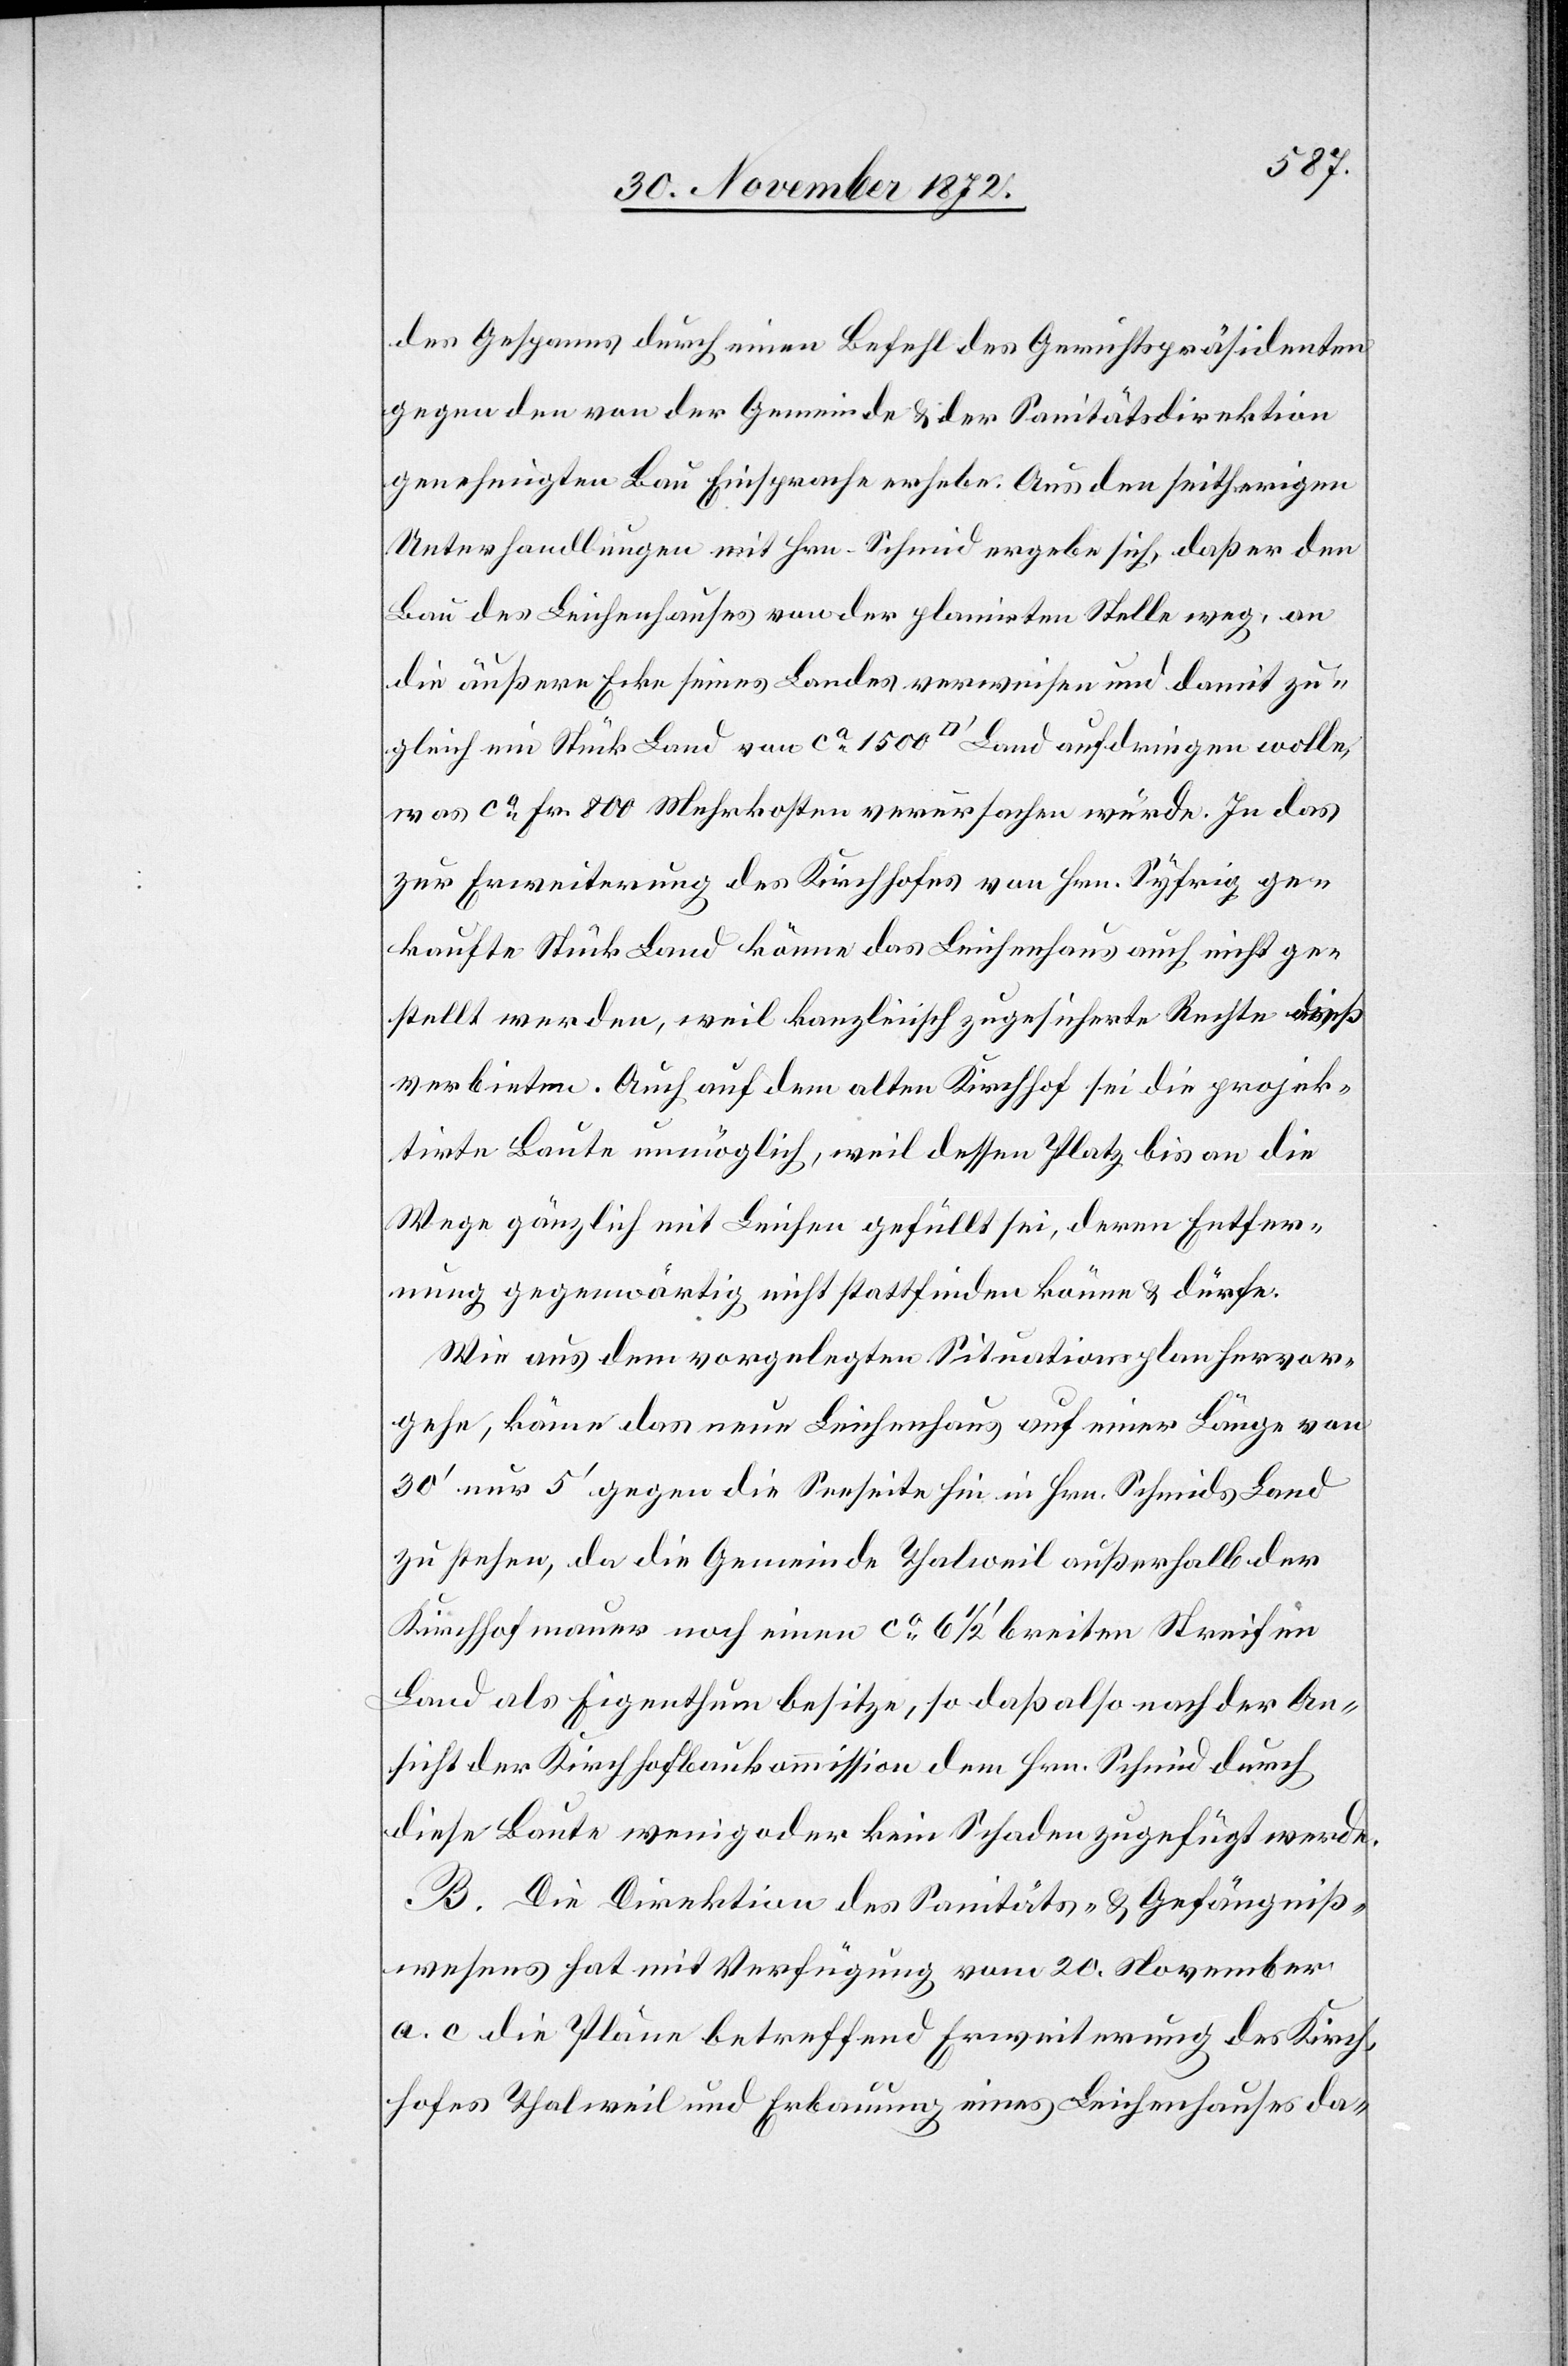
des Gespanns durch einen Befehl des Gerichtspräsidenten
gegen den von der Gemeinde u. der Sanitätsdirektion
genehmigten Bau Einsprache erhebe. Aus den seitherigen
Unterhandlungen mit Hrn. Schmid ergebe sich, daß er den
Bau des Leichenhauses von der planirten Stelle weg, an
die äußere Ecke seines Landes verweisen und damit zu¬
gleich ein Stück Land von ca 1 500 [Quadratfuss] Land aufdringen wolle,
was ca Fr. 800 Mehrkosten verursachen würde. In das
zur Erweiterung des Kirchhofes von Hrn. Syfrig ge¬
kaufte Stück Land könne das Leichenhaus auch nicht ge¬
stellt werden, weil kanzleiisch zugesicherte Rechte dieß
verbieten. Auch auf dem alten Kirchhof sei die projek¬
tirte Baute unmöglich, weil dessen Platz bis an die
Wege gänzlich mit Leichen gefüllt sei, deren Entfer¬
nung gegenwärtig nicht stattfinden könne u. dürfe.
Wie aus dem vorgelegten Situationsplan hervor¬
gehe, käme das neue Leichenhaus auf einer Länge von
30’ nur 5’ gegen die Seeseite hin in Hrn. Schmids Land
zu stehen, da die Gemeinde Thalweil außerhalb der
Kirchhofmauer noch einen ca 6 1/2’ breiten Streifen
Land als Eigenthum besitze, so daß also nach der An¬
sicht der Kirchhofbaukommission dem Hrn. Schmid durch
diese Baute wenig oder kein Schaden zugefügt werde.
B. Die Direktion des Sanitäts- u. Gefängniß¬
wesens hat mit Verfügung vom 20. November
a. c. die Pläne betreffend Erweiterung des Kirch¬
hofes Thalweil und Erbauung eines Leichenhauses da-